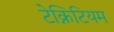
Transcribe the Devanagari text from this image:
टेक्निटियम